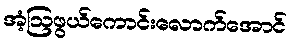
အံ့ဩဖွယ်ကောင်းလောက်အောင်